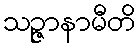
သဉ္ဇာနာမီတိ